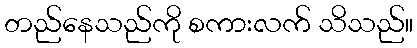
တည်နေသည်ကို စကားလက် သိသည်။